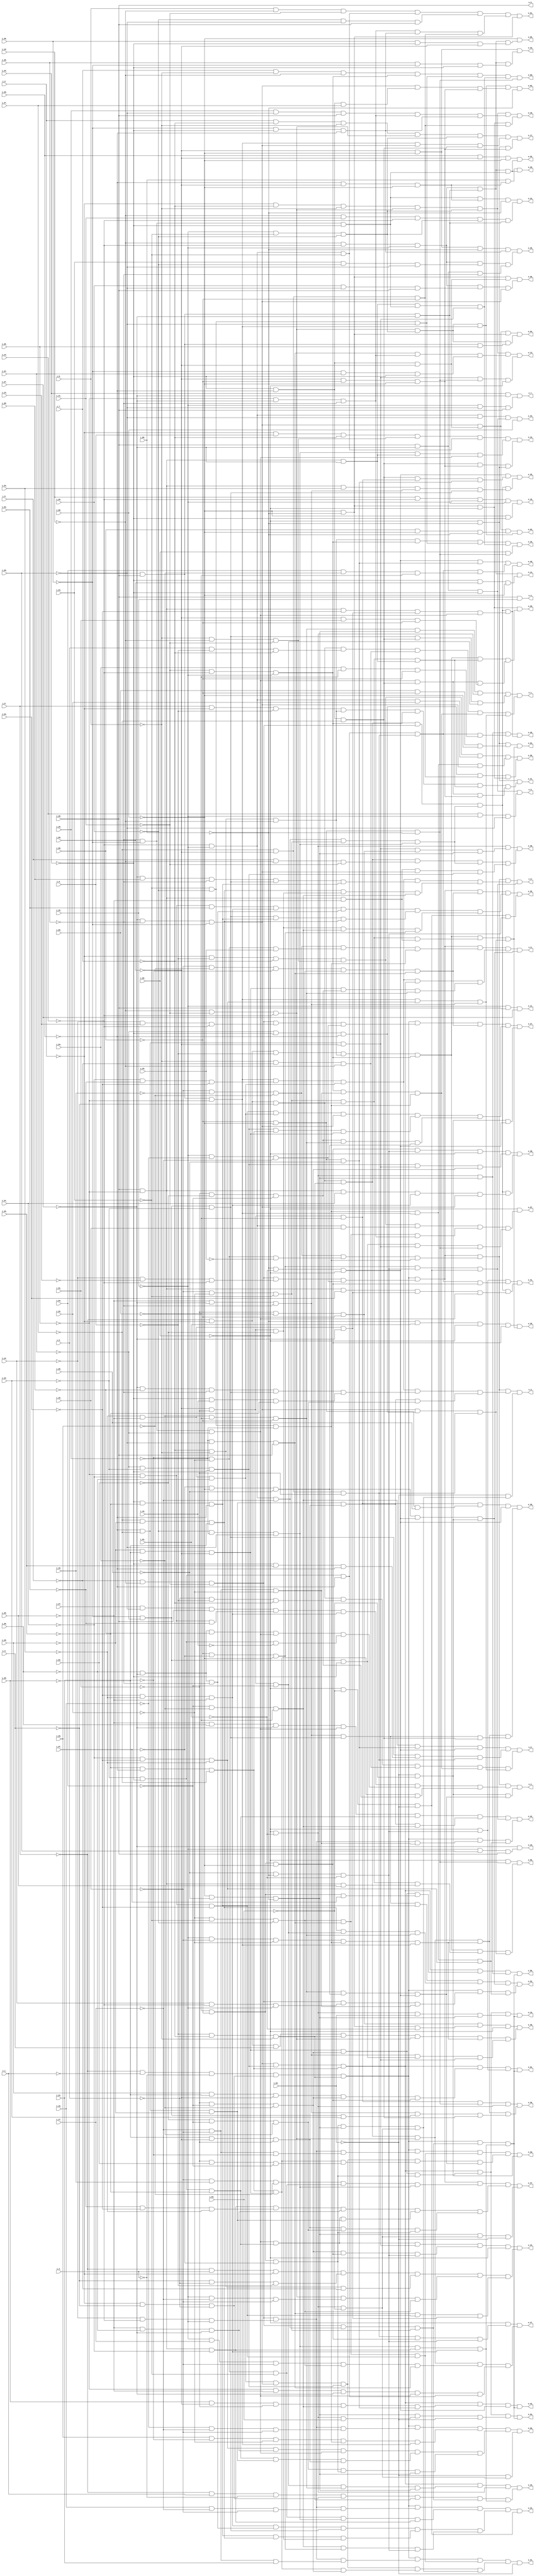
// Benchmark "top" written by ABC on Fri Mar 31 12:07:32 2023

module top ( 
    i_63_, i_50_, i_64_, i_61_, i_62_, i_40_, i_30_, i_20_, i_9_, i_10_,
    i_7_, i_8_, i_5_, i_6_, i_27_, i_14_, i_3_, i_39_, i_28_, i_13_, i_4_,
    i_25_, i_12_, i_1_, i_26_, i_11_, i_2_, i_49_, i_23_, i_18_, i_24_,
    i_17_, i_0_, i_21_, i_16_, i_59_, i_22_, i_15_, i_58_, i_45_, i_32_,
    i_57_, i_46_, i_31_, i_56_, i_47_, i_34_, i_55_, i_48_, i_33_, i_19_,
    i_54_, i_41_, i_36_, i_60_, i_53_, i_42_, i_35_, i_52_, i_43_, i_38_,
    i_29_, i_51_, i_44_, i_37_,
    o_1_, o_19_, o_2_, o_0_, o_29_, o_60_, o_39_, o_38_, o_25_, o_12_,
    o_37_, o_26_, o_11_, o_50_, o_36_, o_27_, o_14_, o_35_, o_28_, o_13_,
    o_34_, o_21_, o_16_, o_40_, o_33_, o_22_, o_15_, o_32_, o_23_, o_18_,
    o_31_, o_24_, o_17_, o_56_, o_43_, o_30_, o_55_, o_44_, o_58_, o_41_,
    o_57_, o_42_, o_20_, o_52_, o_47_, o_51_, o_48_, o_54_, o_45_, o_10_,
    o_53_, o_46_, o_61_, o_9_, o_62_, o_63_, o_49_, o_7_, o_64_, o_8_,
    o_5_, o_59_, o_6_, o_3_, o_4_  );
  input  i_63_, i_50_, i_64_, i_61_, i_62_, i_40_, i_30_, i_20_, i_9_,
    i_10_, i_7_, i_8_, i_5_, i_6_, i_27_, i_14_, i_3_, i_39_, i_28_, i_13_,
    i_4_, i_25_, i_12_, i_1_, i_26_, i_11_, i_2_, i_49_, i_23_, i_18_,
    i_24_, i_17_, i_0_, i_21_, i_16_, i_59_, i_22_, i_15_, i_58_, i_45_,
    i_32_, i_57_, i_46_, i_31_, i_56_, i_47_, i_34_, i_55_, i_48_, i_33_,
    i_19_, i_54_, i_41_, i_36_, i_60_, i_53_, i_42_, i_35_, i_52_, i_43_,
    i_38_, i_29_, i_51_, i_44_, i_37_;
  output o_1_, o_19_, o_2_, o_0_, o_29_, o_60_, o_39_, o_38_, o_25_, o_12_,
    o_37_, o_26_, o_11_, o_50_, o_36_, o_27_, o_14_, o_35_, o_28_, o_13_,
    o_34_, o_21_, o_16_, o_40_, o_33_, o_22_, o_15_, o_32_, o_23_, o_18_,
    o_31_, o_24_, o_17_, o_56_, o_43_, o_30_, o_55_, o_44_, o_58_, o_41_,
    o_57_, o_42_, o_20_, o_52_, o_47_, o_51_, o_48_, o_54_, o_45_, o_10_,
    o_53_, o_46_, o_61_, o_9_, o_62_, o_63_, o_49_, o_7_, o_64_, o_8_,
    o_5_, o_59_, o_6_, o_3_, o_4_;
  wire new_ni_63__, new_ni_50__, new_ni_64__, new_ni_61__, new_ni_62__,
    new_ni_40__, new_ni_30__, new_ni_20__, new_ni_9__, new_ni_10__,
    new_ni_7__, new_ni_8__, new_ni_5__, new_ni_6__, new_ni_27__,
    new_ni_14__, new_ni_3__, new_ni_39__, new_ni_28__, new_ni_13__,
    new_ni_4__, new_ni_25__, new_ni_12__, new_ni_1__, new_ni_26__,
    new_ni_11__, new_ni_2__, new_ni_49__, new_ni_23__, new_ni_18__,
    new_ni_24__, new_ni_17__, new_ni_0__, new_ni_21__, new_ni_16__,
    new_ni_59__, new_ni_22__, new_ni_15__, new_ni_58__, new_ni_45__,
    new_ni_32__, new_ni_57__, new_ni_46__, new_ni_31__, new_ni_56__,
    new_ni_47__, new_ni_34__, new_ni_55__, new_ni_48__, new_ni_33__,
    new_ni_19__, new_ni_54__, new_ni_41__, new_ni_36__, new_ni_60__,
    new_ni_53__, new_ni_42__, new_ni_35__, new_ni_52__, new_ni_43__,
    new_ni_38__, new_ni_29__, new_ni_51__, new_ni_44__, new_ni_37__,
    new_no_4__, new_n_n449_, new_n_n438_, new_n_n427_, new_n_n416_,
    new_n_n405_, new_n_n394_, new_no_63__, new_n_n375_, new_n_n366_,
    new_n_n356_, new_no_57__, new_n_n325_, new_n_n315_, new_n_n306_,
    new_no_53__, new_n_n285_, new_n_n275_, new_n_n266_, new_n_n256_,
    new_n_n227_, new_n_n217_, new_n_n208_, new_n_n198_, new_n_n189_,
    new_n_n179_, new_no_36__, new_n_n134_, new_n_n124_, new_n_n114_,
    new_n_n105_, new_n_n95_, new_n_n86_, new_n_n448_, new_n_n439_,
    new_n_n437_, new_n_n415_, new_n_n406_, new_n_n393_, new_n_n385_,
    new_n_n374_, new_no_60__, new_n_n355_, new_n_n347_, new_n_n324_,
    new_n_n316_, new_n_n305_, new_n_n296_, new_n_n284_, new_n_n276_,
    new_n_n265_, new_n_n257_, new_n_n236_, new_n_n216_, new_n_n209_,
    new_n_n197_, new_n_n190_, new_n_n178_, new_n_n170_, new_n_n133_,
    new_n_n125_, new_n_n113_, new_n_n106_, new_n_n94_, new_no_21__,
    new_n_n458_, new_n_n451_, new_n_n440_, new_n_n414_, new_n_n403_,
    new_n_n396_, new_n_n386_, new_no_61__, new_n_n364_, new_n_n358_,
    new_n_n348_, new_n_n323_, new_n_n313_, new_n_n307_, new_n_n297_,
    new_n_n283_, new_n_n274_, new_n_n268_, new_n_n258_, new_n_n235_,
    new_n_n225_, new_no_42__, new_no_40__, new_n_n187_, new_n_n181_,
    new_n_n171_, new_no_31__, new_n_n141_, new_n_n112_, new_n_n103_,
    new_n_n97_, new_n_n87_, new_no_11__, new_n_n450_, new_n_n441_,
    new_n_n413_, new_n_n404_, new_n_n395_, new_n_n387_, new_n_n373_,
    new_n_n365_, new_n_n357_, new_n_n349_, new_n_n322_, new_n_n314_,
    new_no_54__, new_n_n298_, new_n_n282_, new_no_51__, new_n_n267_,
    new_n_n259_, new_n_n234_, new_n_n226_, new_n_n218_, new_n_n196_,
    new_n_n188_, new_n_n180_, new_n_n172_, new_n_n150_, new_n_n142_,
    new_no_25__, new_n_n104_, new_n_n96_, new_n_n88_, new_n_n434_,
    new_n_n423_, new_no_64__, new_n_n372_, new_n_n343_, new_n_n332_,
    new_n_n281_, new_n_n272_, new_n_n253_, new_n_n243_, new_n_n195_,
    new_n_n186_, new_n_n175_, new_n_n166_, new_no_33__, new_n_n111_,
    new_n_n101_, new_n_n91_, new_no_20__, new_n_n8_, new_n_n433_,
    new_n_n424_, new_n_n397_, new_n_n363_, new_n_n342_, new_n_n333_,
    new_n_n280_, new_n_n273_, new_n_n252_, new_n_n244_, new_n_n194_,
    new_no_38__, new_n_n167_, new_n_n165_, new_n_n158_, new_n_n110_,
    new_n_n102_, new_no_22__, new_n_n83_, new_n_n436_, new_n_n425_,
    new_n_n407_, new_no_58__, new_n_n345_, new_n_n334_, new_n_n264_,
    new_n_n254_, new_n_n245_, new_n_n193_, new_n_n177_, new_n_n168_,
    new_n_n109_, new_n_n99_, new_n_n93_, new_n_n84_, new_n_n435_,
    new_n_n426_, new_n_n417_, new_n_n346_, new_n_n344_, new_n_n335_,
    new_n_n263_, new_n_n255_, new_no_48__, new_n_n185_, new_n_n176_,
    new_n_n169_, new_n_n108_, new_n_n100_, new_n_n92_, new_n_n85_,
    new_n_n457_, new_n_n446_, new_n_n430_, new_n_n419_, new_n_n408_,
    new_n_n354_, new_n_n339_, new_n_n328_, new_n_n318_, new_n_n308_,
    new_n_n249_, new_no_46__, new_n_n230_, new_no_44__, new_n_n210_,
    new_n_n162_, new_n_n155_, new_n_n145_, new_n_n137_, new_n_n127_,
    new_no_26__, new_n_n4_, new_n_n456_, new_n_n447_, new_n_n429_,
    new_n_n420_, new_n_n398_, new_no_59__, new_n_n338_, new_n_n329_,
    new_n_n317_, new_n_n309_, new_n_n248_, new_n_n240_, new_n_n229_,
    new_n_n220_, new_n_n202_, new_no_35__, new_n_n156_, new_n_n144_,
    new_no_28__, new_n_n126_, new_n_n117_, new_n_n5_, new_n_n432_,
    new_n_n421_, new_n_n388_, new_n_n371_, new_n_n341_, new_n_n330_,
    new_n_n300_, new_n_n290_, new_n_n251_, new_n_n241_, new_n_n228_,
    new_n_n212_, new_n_n203_, new_n_n164_, new_no_32__, new_n_n143_,
    new_n_n135_, new_no_27__, new_n_n118_, new_n_n6_, new_n_n431_,
    new_n_n422_, new_no_62__, new_n_n380_, new_n_n340_, new_n_n331_,
    new_n_n299_, new_n_n291_, new_n_n250_, new_n_n242_, new_n_n219_,
    new_n_n211_, new_no_41__, new_n_n163_, new_n_n157_, new_no_30__,
    new_n_n136_, new_n_n128_, new_n_n119_, new_n_n7_, new_n_n453_,
    new_n_n442_, new_n_n412_, new_n_n401_, new_n_n390_, new_n_n381_,
    new_n_n379_, new_n_n369_, new_n_n360_, new_n_n350_, new_no_56__,
    new_n_n311_, new_n_n302_, new_n_n292_, new_n_n289_, new_n_n279_,
    new_n_n269_, new_no_49__, new_no_47__, new_n_n233_, new_n_n223_,
    new_no_43__, new_n_n204_, new_n_n192_, new_n_n183_, new_n_n173_,
    new_n_n160_, new_n_n151_, new_n_n149_, new_n_n140_, new_n_n130_,
    new_n_n120_, new_n_n98_, new_n_n89_, new_n_n0_, new_n_n452_,
    new_n_n443_, new_n_n411_, new_n_n402_, new_n_n389_, new_n_n382_,
    new_n_n378_, new_n_n370_, new_n_n359_, new_n_n351_, new_n_n321_,
    new_n_n312_, new_n_n301_, new_n_n293_, new_n_n288_, new_no_52__,
    new_no_50__, new_n_n260_, new_n_n237_, new_n_n232_, new_n_n224_,
    new_n_n213_, new_n_n205_, new_n_n201_, new_n_n182_, new_no_37__,
    new_n_n159_, new_n_n152_, new_n_n148_, new_no_29__, new_n_n129_,
    new_n_n121_, new_no_23__, new_n_n90_, new_n_n1_, new_n_n455_,
    new_n_n444_, new_n_n428_, new_n_n410_, new_n_n399_, new_n_n392_,
    new_n_n383_, new_n_n377_, new_n_n367_, new_n_n362_, new_n_n352_,
    new_n_n337_, new_n_n326_, new_n_n320_, new_n_n310_, new_n_n304_,
    new_n_n294_, new_n_n287_, new_n_n277_, new_n_n271_, new_n_n261_,
    new_n_n247_, new_n_n238_, new_no_45__, new_n_n221_, new_n_n215_,
    new_n_n206_, new_n_n200_, new_no_39__, new_n_n174_, new_n_n161_,
    new_n_n153_, new_n_n147_, new_n_n138_, new_n_n132_, new_n_n122_,
    new_n_n116_, new_n_n107_, new_n_n2_, new_n_n454_, new_n_n445_,
    new_n_n418_, new_n_n409_, new_n_n400_, new_n_n391_, new_n_n384_,
    new_n_n376_, new_n_n368_, new_n_n361_, new_n_n353_, new_n_n336_,
    new_n_n327_, new_n_n319_, new_no_55__, new_n_n303_, new_n_n295_,
    new_n_n286_, new_n_n278_, new_n_n270_, new_n_n262_, new_n_n246_,
    new_n_n239_, new_n_n231_, new_n_n222_, new_n_n214_, new_n_n207_,
    new_n_n199_, new_n_n191_, new_n_n184_, new_no_34__, new_n_n154_,
    new_n_n146_, new_n_n139_, new_n_n131_, new_n_n123_, new_n_n115_,
    new_no_24__, new_n_n3_, new_n_n78_, new_n_n69_, new_n_n61_, new_n_n53_,
    new_n_n43_, new_no_19__, new_n_n68_, new_n_n62_, new_n_n52_,
    new_n_n44_, new_n_n79_, new_no_16__, new_no_13__, new_n_n54_,
    new_no_9__, new_n_n80_, new_n_n67_, new_n_n60_, new_no_10__,
    new_n_n45_, new_no_0__, new_n_n81_, new_n_n37_, new_n_n28_, new_n_n18_,
    new_n_n9_, new_n_n82_, new_n_n36_, new_n_n29_, new_n_n17_, new_no_1__,
    new_no_7__, new_n_n26_, new_n_n20_, new_n_n10_, new_n_n35_, new_n_n27_,
    new_n_n19_, new_n_n11_, new_n_n59_, new_n_n50_, new_n_n40_, new_n_n32_,
    new_n_n22_, new_n_n12_, new_n_n58_, new_n_n51_, new_n_n39_, new_n_n33_,
    new_n_n21_, new_n_n13_, new_n_n74_, new_no_15__, new_n_n38_,
    new_n_n30_, new_n_n24_, new_n_n14_, new_n_n73_, new_n_n66_, new_no_8__,
    new_n_n31_, new_n_n23_, new_n_n15_, new_no_18__, new_n_n72_,
    new_no_14__, new_n_n55_, new_n_n46_, new_no_3__, new_no_2__,
    new_n_n75_, new_n_n71_, new_n_n65_, new_no_12__, new_n_n47_,
    new_n_n25_, new_n_n16_, new_n_n76_, new_no_17__, new_n_n63_,
    new_n_n57_, new_n_n48_, new_n_n42_, new_no_6__, new_n_n77_, new_n_n70_,
    new_n_n64_, new_n_n56_, new_n_n49_, new_n_n41_, new_n_n34_;
  assign o_1_ = new_no_1__;
  assign new_ni_63__ = i_63_;
  assign new_ni_50__ = i_50_;
  assign o_19_ = new_no_19__;
  assign o_2_ = new_no_2__;
  assign new_ni_64__ = i_64_;
  assign new_ni_61__ = i_61_;
  assign o_0_ = new_no_0__;
  assign new_ni_62__ = i_62_;
  assign new_ni_40__ = i_40_;
  assign o_29_ = new_no_29__;
  assign new_ni_30__ = i_30_;
  assign o_60_ = new_no_60__;
  assign o_39_ = new_no_39__;
  assign o_38_ = new_no_38__;
  assign o_25_ = new_no_25__;
  assign o_12_ = new_no_12__;
  assign o_37_ = new_no_37__;
  assign o_26_ = new_no_26__;
  assign o_11_ = new_no_11__;
  assign new_ni_20__ = i_20_;
  assign o_50_ = new_no_50__;
  assign o_36_ = new_no_36__;
  assign o_27_ = new_no_27__;
  assign o_14_ = new_no_14__;
  assign new_ni_9__ = i_9_;
  assign o_35_ = new_no_35__;
  assign o_28_ = new_no_28__;
  assign o_13_ = new_no_13__;
  assign o_34_ = new_no_34__;
  assign o_21_ = new_no_21__;
  assign o_16_ = new_no_16__;
  assign new_ni_10__ = i_10_;
  assign new_ni_7__ = i_7_;
  assign o_40_ = new_no_40__;
  assign o_33_ = new_no_33__;
  assign o_22_ = new_no_22__;
  assign o_15_ = new_no_15__;
  assign new_ni_8__ = i_8_;
  assign o_32_ = new_no_32__;
  assign o_23_ = new_no_23__;
  assign o_18_ = new_no_18__;
  assign new_ni_5__ = i_5_;
  assign o_31_ = new_no_31__;
  assign o_24_ = new_no_24__;
  assign o_17_ = new_no_17__;
  assign new_ni_6__ = i_6_;
  assign o_56_ = new_no_56__;
  assign o_43_ = new_no_43__;
  assign o_30_ = new_no_30__;
  assign new_ni_27__ = i_27_;
  assign new_ni_14__ = i_14_;
  assign new_ni_3__ = i_3_;
  assign o_55_ = new_no_55__;
  assign o_44_ = new_no_44__;
  assign new_ni_39__ = i_39_;
  assign new_ni_28__ = i_28_;
  assign new_ni_13__ = i_13_;
  assign new_ni_4__ = i_4_;
  assign o_58_ = new_no_58__;
  assign o_41_ = new_no_41__;
  assign new_ni_25__ = i_25_;
  assign new_ni_12__ = i_12_;
  assign new_ni_1__ = i_1_;
  assign o_57_ = new_no_57__;
  assign o_42_ = new_no_42__;
  assign o_20_ = new_no_20__;
  assign new_ni_26__ = i_26_;
  assign new_ni_11__ = i_11_;
  assign new_ni_2__ = i_2_;
  assign o_52_ = new_no_52__;
  assign o_47_ = new_no_47__;
  assign new_ni_49__ = i_49_;
  assign new_ni_23__ = i_23_;
  assign new_ni_18__ = i_18_;
  assign o_51_ = new_no_51__;
  assign o_48_ = new_no_48__;
  assign new_ni_24__ = i_24_;
  assign new_ni_17__ = i_17_;
  assign new_ni_0__ = i_0_;
  assign o_54_ = new_no_54__;
  assign o_45_ = new_no_45__;
  assign o_10_ = new_no_10__;
  assign new_ni_21__ = i_21_;
  assign new_ni_16__ = i_16_;
  assign o_53_ = new_no_53__;
  assign o_46_ = new_no_46__;
  assign new_ni_59__ = i_59_;
  assign new_ni_22__ = i_22_;
  assign new_ni_15__ = i_15_;
  assign o_61_ = new_no_61__;
  assign o_9_ = new_no_9__;
  assign new_ni_58__ = i_58_;
  assign new_ni_45__ = i_45_;
  assign new_ni_32__ = i_32_;
  assign o_62_ = new_no_62__;
  assign new_ni_57__ = i_57_;
  assign new_ni_46__ = i_46_;
  assign new_ni_31__ = i_31_;
  assign o_63_ = new_no_63__;
  assign o_49_ = new_no_49__;
  assign o_7_ = new_no_7__;
  assign new_ni_56__ = i_56_;
  assign new_ni_47__ = i_47_;
  assign new_ni_34__ = i_34_;
  assign o_64_ = new_no_64__;
  assign o_8_ = new_no_8__;
  assign new_ni_55__ = i_55_;
  assign new_ni_48__ = i_48_;
  assign new_ni_33__ = i_33_;
  assign new_ni_19__ = i_19_;
  assign o_5_ = new_ni_29__;
  assign new_ni_54__ = i_54_;
  assign new_ni_41__ = i_41_;
  assign new_ni_36__ = i_36_;
  assign o_59_ = new_no_59__;
  assign o_6_ = new_no_6__;
  assign new_ni_60__ = i_60_;
  assign new_ni_53__ = i_53_;
  assign new_ni_42__ = i_42_;
  assign new_ni_35__ = i_35_;
  assign o_3_ = new_no_3__;
  assign new_ni_52__ = i_52_;
  assign new_ni_43__ = i_43_;
  assign new_ni_38__ = i_38_;
  assign new_ni_29__ = i_29_;
  assign o_4_ = new_no_4__;
  assign new_ni_51__ = i_51_;
  assign new_ni_44__ = i_44_;
  assign new_ni_37__ = i_37_;
  assign new_no_4__ = new_ni_29__ & new_ni_15__;
  assign new_n_n449_ = ~new_ni_40__;
  assign new_n_n438_ = ~new_ni_6__;
  assign new_n_n427_ = ~new_ni_9__;
  assign new_n_n416_ = ~new_ni_42__;
  assign new_n_n405_ = ~new_ni_61__;
  assign new_n_n394_ = new_n_n455_ & new_n_n454_ & new_n_n453_;
  assign new_no_63__ = new_n_n385_ & new_n_n382_;
  assign new_n_n375_ = new_n_n380_ & new_n_n58_ & new_n_n379_;
  assign new_n_n366_ = new_n_n458_ & new_n_n456_ & new_n_n455_;
  assign new_n_n356_ = new_n_n360_ & new_n_n387_ & new_n_n392_;
  assign new_no_57__ = new_n_n434_ & new_n_n347_;
  assign new_n_n325_ = new_n_n334_ & new_n_n333_ & new_n_n332_;
  assign new_n_n315_ = new_n_n321_ & new_n_n320_ & new_n_n372_;
  assign new_n_n306_ = new_n_n456_ & new_n_n455_ & new_n_n424_;
  assign new_no_53__ = new_n_n296_ & new_n_n297_;
  assign new_n_n285_ = new_n_n403_ & new_n_n404_;
  assign new_n_n275_ = new_n_n271_ & new_n_n276_ & new_n_n206_;
  assign new_n_n266_ = new_n_n416_ & new_n_n448_ & new_n_n447_;
  assign new_n_n256_ = new_n_n278_ & new_n_n277_ & new_n_n434_;
  assign new_n_n227_ = new_n_n443_ & new_n_n421_ & new_n_n420_;
  assign new_n_n217_ = new_n_n343_ & new_n_n306_ & new_n_n319_;
  assign new_n_n208_ = new_n_n209_ & new_n_n267_ & new_n_n338_;
  assign new_n_n198_ = new_n_n263_ & new_n_n236_ & new_n_n201_;
  assign new_n_n189_ = new_n_n293_ & new_n_n292_ & new_n_n238_;
  assign new_n_n179_ = new_n_n305_ & new_n_n183_ & new_n_n182_;
  assign new_no_36__ = new_n_n171_ & new_n_n170_;
  assign new_n_n134_ = new_n_n227_ & new_n_n155_ & new_n_n392_;
  assign new_n_n124_ = new_n_n434_ & new_n_n404_ & new_n_n403_;
  assign new_n_n114_ = new_n_n446_ & new_n_n445_ & new_n_n444_;
  assign new_n_n105_ = new_n_n417_ & new_n_n451_ & new_n_n450_;
  assign new_n_n95_ = new_n_n360_ & new_n_n387_ & new_n_n339_;
  assign new_n_n86_ = new_n_n446_ & new_ni_51__ & new_n_n442_;
  assign new_n_n448_ = ~new_ni_43__;
  assign new_n_n439_ = ~new_ni_3__;
  assign new_n_n437_ = ~new_ni_7__;
  assign new_n_n415_ = ~new_ni_45__;
  assign new_n_n406_ = ~new_ni_59__;
  assign new_n_n393_ = new_n_n452_ & new_ni_29__ & new_ni_30__;
  assign new_n_n385_ = new_n_n392_ & new_n_n391_ & new_n_n386_;
  assign new_n_n374_ = new_n_n378_ & new_n_n377_ & new_n_n376_;
  assign new_no_60__ = new_n_n367_ & new_n_n76_ & new_n_n368_;
  assign new_n_n355_ = new_n_n359_ & new_n_n376_ & new_n_n358_;
  assign new_n_n347_ = new_n_n350_ & new_n_n349_ & new_n_n348_;
  assign new_n_n324_ = new_n_n403_ & new_n_n331_;
  assign new_n_n316_ = new_n_n441_ & new_n_n446_ & new_n_n412_;
  assign new_n_n305_ = new_ni_29__ & new_n_n443_ & new_n_n421_;
  assign new_n_n296_ = new_n_n271_ & new_n_n81_ & new_n_n298_;
  assign new_n_n284_ = new_n_n343_ & new_n_n295_ & new_n_n294_;
  assign new_n_n276_ = new_n_n279_ & new_n_n300_ & new_n_n278_;
  assign new_n_n265_ = new_ni_53__ & new_n_n409_ & new_n_n408_;
  assign new_n_n257_ = new_n_n303_ & new_n_n369_ & new_n_n300_;
  assign new_n_n236_ = new_n_n306_ & new_n_n319_ & new_n_n318_;
  assign new_n_n216_ = new_n_n289_ & new_n_n288_ & new_n_n332_;
  assign new_n_n209_ = new_ni_29__ & new_n_n443_ & new_ni_33__;
  assign new_n_n197_ = new_n_n199_ & new_n_n200_;
  assign new_n_n190_ = new_n_n442_ & new_n_n445_ & new_ni_59__;
  assign new_n_n178_ = new_n_n338_ & new_n_n337_ & new_n_n336_;
  assign new_n_n170_ = new_n_n315_ & new_n_n172_ & new_n_n313_;
  assign new_n_n133_ = new_n_n303_ & new_n_n302_ & new_n_n301_;
  assign new_n_n125_ = new_n_n442_ & new_n_n407_ & new_n_n445_;
  assign new_n_n113_ = new_n_n366_ & new_n_n116_ & new_n_n115_;
  assign new_n_n106_ = new_n_n422_ & new_n_n433_ & new_n_n454_;
  assign new_n_n94_ = new_n_n97_ & new_n_n338_ & new_n_n337_;
  assign new_no_21__ = new_n_n308_ & new_n_n87_;
  assign new_n_n458_ = ~new_ni_10__;
  assign new_n_n451_ = ~new_ni_37__;
  assign new_n_n440_ = ~new_ni_8__;
  assign new_n_n414_ = ~new_ni_48__;
  assign new_n_n403_ = ~new_ni_64__;
  assign new_n_n396_ = ~new_ni_44__;
  assign new_n_n386_ = new_ni_56__ & new_n_n445_ & new_n_n444_;
  assign new_no_61__ = new_n_n375_ & new_n_n374_ & new_n_n390_;
  assign new_n_n364_ = new_ni_40__ & new_n_n448_ & new_n_n446_;
  assign new_n_n358_ = new_n_n445_ & new_n_n444_ & new_n_n434_;
  assign new_n_n348_ = new_n_n168_ & new_n_n369_ & new_n_n368_;
  assign new_n_n323_ = new_n_n330_ & new_n_n329_ & new_n_n328_;
  assign new_n_n313_ = new_n_n392_ & new_n_n359_ & new_n_n316_;
  assign new_n_n307_ = new_n_n308_ & new_n_n309_;
  assign new_n_n297_ = new_n_n330_ & new_n_n217_ & new_n_n272_;
  assign new_n_n283_ = new_n_n293_ & new_n_n292_ & new_n_n291_;
  assign new_n_n274_ = new_n_n408_ & new_n_n442_ & new_ni_57__;
  assign new_n_n268_ = new_n_n432_ & new_n_n439_ & new_n_n429_;
  assign new_n_n258_ = new_n_n259_ & new_n_n304_ & new_n_n392_;
  assign new_n_n235_ = new_n_n239_ & new_n_n293_ & new_n_n292_;
  assign new_n_n225_ = new_n_n395_ & new_n_n228_ & new_n_n352_;
  assign new_no_42__ = new_n_n210_ & new_n_n297_;
  assign new_no_40__ = new_n_n197_ & new_n_n198_;
  assign new_n_n187_ = new_n_n251_ & new_n_n194_ & new_n_n189_;
  assign new_n_n181_ = new_n_n343_ & new_n_n186_ & new_n_n185_;
  assign new_n_n171_ = new_n_n173_ & new_n_n278_;
  assign new_no_31__ = new_n_n152_ & new_n_n151_ & new_n_n403_;
  assign new_n_n141_ = new_ni_60__ & new_n_n110_;
  assign new_n_n112_ = new_n_n114_ & new_n_n377_;
  assign new_n_n103_ = new_n_n106_ & new_n_n318_ & new_n_n305_;
  assign new_n_n97_ = new_n_n418_ & new_ni_36__ & new_n_n451_;
  assign new_n_n87_ = new_n_n89_ & new_n_n85_ & new_n_n88_;
  assign new_no_11__ = new_n_n455_ & new_ni_29__ & new_ni_37__;
  assign new_n_n450_ = ~new_ni_39__;
  assign new_n_n441_ = ~new_ni_47__;
  assign new_n_n413_ = ~new_ni_49__;
  assign new_n_n404_ = ~new_ni_63__;
  assign new_n_n395_ = new_n_n458_ & new_n_n457_ & new_n_n456_;
  assign new_n_n387_ = new_n_n452_ & new_ni_29__ & new_n_n443_;
  assign new_n_n373_ = new_ni_7__ & new_n_n440_ & new_n_n458_;
  assign new_n_n365_ = new_n_n452_ & new_ni_29__ & new_n_n451_;
  assign new_n_n357_ = new_n_n354_ & new_n_n362_ & new_n_n361_;
  assign new_n_n349_ = new_n_n352_ & new_n_n351_ & new_n_n378_;
  assign new_n_n322_ = new_n_n327_ & new_n_n326_ & new_n_n325_;
  assign new_n_n314_ = new_n_n319_ & new_n_n318_ & new_n_n317_;
  assign new_no_54__ = new_n_n307_ & new_n_n170_;
  assign new_n_n298_ = new_n_n332_ & new_n_n299_ & new_n_n403_;
  assign new_n_n282_ = new_n_n290_ & new_n_n289_ & new_n_n288_;
  assign new_no_51__ = new_n_n275_ & new_n_n297_;
  assign new_n_n267_ = new_n_n419_ & new_n_n418_ & new_n_n451_;
  assign new_n_n259_ = new_ni_29__ & new_n_n443_ & new_ni_31__;
  assign new_n_n234_ = new_n_n238_ & new_n_n237_ & new_n_n264_;
  assign new_n_n226_ = new_n_n231_ & new_n_n230_ & new_n_n229_;
  assign new_n_n218_ = new_n_n219_ & new_n_n345_ & new_n_n344_;
  assign new_n_n196_ = new_n_n455_ & new_n_n423_ & new_n_n433_;
  assign new_n_n188_ = new_n_n237_ & new_n_n190_ & new_n_n286_;
  assign new_n_n180_ = new_n_n184_ & new_n_n106_ & new_n_n318_;
  assign new_n_n172_ = new_n_n319_ & new_n_n318_ & new_n_n310_;
  assign new_n_n150_ = new_n_n424_ & new_n_n423_ & new_n_n422_;
  assign new_n_n142_ = new_n_n366_ & new_n_n365_ & new_n_n370_;
  assign new_no_25__ = new_n_n112_ & new_n_n113_;
  assign new_n_n104_ = new_n_n343_ & new_n_n342_ & new_n_n107_;
  assign new_n_n96_ = new_n_n343_ & new_n_n342_ & new_n_n294_;
  assign new_n_n88_ = new_n_n338_ & new_n_n238_ & new_n_n383_;
  assign new_n_n434_ = ~new_ni_62__;
  assign new_n_n423_ = ~new_ni_18__;
  assign new_no_64__ = new_n_n388_ & new_n_n389_;
  assign new_n_n372_ = new_n_n457_ & new_n_n456_ & new_n_n455_;
  assign new_n_n343_ = new_n_n427_ & new_n_n458_ & new_n_n457_;
  assign new_n_n332_ = new_n_n445_ & new_n_n406_ & new_n_n444_;
  assign new_n_n281_ = new_n_n330_ & new_n_n284_ & new_n_n95_;
  assign new_n_n272_ = new_n_n318_ & new_n_n305_ & new_n_n304_;
  assign new_n_n253_ = new_n_n455_ & new_ni_17__ & new_n_n423_;
  assign new_n_n243_ = new_n_n310_ & new_n_n392_ & new_n_n303_;
  assign new_n_n195_ = new_n_n449_ & new_n_n435_ & new_ni_42__;
  assign new_n_n186_ = new_n_n426_ & new_n_n402_ & new_n_n456_;
  assign new_n_n175_ = new_n_n330_ & new_n_n181_ & new_n_n180_;
  assign new_n_n166_ = new_n_n445_ & new_n_n444_ & new_n_n405_;
  assign new_no_33__ = new_n_n159_ & new_n_n158_;
  assign new_n_n111_ = new_n_n458_ & new_ni_11__ & new_n_n456_;
  assign new_n_n101_ = new_n_n291_ & new_n_n290_ & new_n_n126_;
  assign new_n_n91_ = new_n_n94_ & new_n_n93_ & new_n_n40_;
  assign new_no_20__ = new_n_n358_ & new_n_n83_;
  assign new_n_n8_ = new_n_n440_ & new_n_n427_ & new_n_n458_;
  assign new_n_n433_ = ~new_ni_22__;
  assign new_n_n424_ = ~new_ni_17__;
  assign new_n_n397_ = ~new_ni_38__;
  assign new_n_n363_ = new_n_n366_ & new_n_n365_ & new_n_n364_;
  assign new_n_n342_ = new_n_n426_ & new_n_n456_ & new_n_n455_;
  assign new_n_n333_ = new_n_n408_ & new_n_n442_ & new_n_n407_;
  assign new_n_n280_ = new_n_n283_ & new_n_n282_ & new_n_n47_;
  assign new_n_n273_ = new_n_n434_ & new_n_n405_;
  assign new_n_n252_ = new_n_n443_ & new_n_n418_ & new_n_n451_;
  assign new_n_n244_ = new_n_n268_ & new_n_n344_ & new_n_n245_;
  assign new_n_n194_ = new_n_n196_ & new_n_n360_ & new_n_n387_;
  assign new_no_38__ = new_n_n188_ & new_n_n187_;
  assign new_n_n167_ = new_n_n412_ & new_n_n408_ & new_n_n442_;
  assign new_n_n165_ = new_n_n169_ & new_n_n344_ & new_n_n395_;
  assign new_n_n158_ = new_n_n366_ & new_n_n365_ & new_n_n160_;
  assign new_n_n110_ = new_n_n447_ & new_n_n446_ & new_n_n445_;
  assign new_n_n102_ = new_n_n304_ & new_n_n105_ & new_n_n292_;
  assign new_no_22__ = new_n_n91_ & new_n_n92_;
  assign new_n_n83_ = new_n_n315_ & new_n_n85_ & new_n_n84_;
  assign new_n_n436_ = ~new_ni_26__;
  assign new_n_n425_ = ~new_ni_16__;
  assign new_n_n407_ = ~new_ni_57__;
  assign new_no_58__ = new_n_n357_ & new_n_n356_ & new_n_n355_;
  assign new_n_n345_ = new_n_n439_ & new_n_n429_ & new_n_n428_;
  assign new_n_n334_ = new_n_n411_ & new_n_n410_ & new_n_n409_;
  assign new_n_n264_ = new_n_n442_ & new_n_n445_ & new_n_n406_;
  assign new_n_n254_ = new_n_n256_ & new_n_n257_;
  assign new_n_n245_ = new_ni_9__ & new_n_n458_ & new_n_n457_;
  assign new_n_n193_ = new_n_n293_ & new_n_n195_ & new_n_n238_;
  assign new_n_n177_ = new_n_n335_ & new_n_n334_ & new_n_n333_;
  assign new_n_n168_ = new_n_n449_ & new_n_n435_ & new_n_n448_;
  assign new_n_n109_ = new_n_n111_ & new_n_n394_ & new_n_n365_;
  assign new_n_n99_ = new_n_n330_ & new_n_n104_ & new_n_n103_;
  assign new_n_n93_ = new_n_n336_ & new_n_n335_ & new_n_n212_;
  assign new_n_n84_ = new_n_n338_ & new_n_n238_ & new_n_n86_;
  assign new_n_n435_ = ~new_ni_41__;
  assign new_n_n426_ = ~new_ni_12__;
  assign new_n_n417_ = ~new_ni_36__;
  assign new_n_n346_ = new_n_n432_ & new_n_n431_ & new_n_n430_;
  assign new_n_n344_ = new_n_n438_ & new_n_n437_ & new_n_n440_;
  assign new_n_n335_ = new_n_n413_ & new_n_n446_ & new_n_n412_;
  assign new_n_n263_ = new_n_n268_ & new_n_n344_ & new_n_n343_;
  assign new_n_n255_ = new_n_n263_ & new_n_n236_ & new_n_n258_;
  assign new_no_48__ = new_n_n254_ & new_n_n255_;
  assign new_n_n185_ = new_n_n455_ & new_n_n425_ & new_n_n424_;
  assign new_n_n176_ = new_n_n332_ & new_n_n331_ & new_n_n403_;
  assign new_n_n169_ = new_n_n432_ & new_n_n439_ & new_ni_4__;
  assign new_n_n108_ = new_n_n370_ & new_n_n110_ & new_n_n444_;
  assign new_n_n100_ = new_n_n212_ & new_n_n125_ & new_n_n277_;
  assign new_n_n92_ = new_n_n330_ & new_n_n96_ & new_n_n95_;
  assign new_n_n85_ = new_n_n319_ & new_n_n318_ & new_n_n371_;
  assign new_n_n457_ = ~new_ni_11__;
  assign new_n_n446_ = ~new_ni_50__;
  assign new_n_n430_ = ~new_ni_2__;
  assign new_n_n419_ = ~new_ni_34__;
  assign new_n_n408_ = ~new_ni_55__;
  assign new_n_n354_ = new_n_n439_ & new_n_n438_ & new_n_n437_;
  assign new_n_n339_ = new_n_n421_ & new_n_n420_ & new_n_n419_;
  assign new_n_n328_ = new_n_n340_ & new_n_n360_ & new_n_n387_;
  assign new_n_n318_ = new_n_n453_ & new_n_n436_ & new_n_n452_;
  assign new_n_n308_ = new_n_n434_ & new_n_n444_;
  assign new_n_n249_ = new_n_n252_ & new_n_n338_ & new_n_n266_;
  assign new_no_46__ = new_n_n240_ & new_n_n241_;
  assign new_n_n230_ = new_n_n429_ & new_n_n428_ & new_n_n438_;
  assign new_no_44__ = new_n_n220_ & new_n_n221_;
  assign new_n_n210_ = new_n_n271_ & new_n_n211_ & new_n_n286_;
  assign new_n_n162_ = new_n_n165_ & new_n_n194_ & new_n_n164_;
  assign new_n_n155_ = new_n_n419_ & new_n_n418_ & new_n_n417_;
  assign new_n_n145_ = new_n_n302_ & new_n_n301_ & new_n_n149_;
  assign new_n_n137_ = new_n_n426_ & new_ni_13__ & new_n_n456_;
  assign new_n_n127_ = new_n_n443_ & new_n_n421_ & new_ni_32__;
  assign new_no_26__ = new_n_n118_ & new_n_n117_ & new_n_n119_;
  assign new_n_n4_ = new_n_n387_ & new_n_n339_ & new_n_n293_;
  assign new_n_n456_ = ~new_ni_14__;
  assign new_n_n447_ = ~new_ni_46__;
  assign new_n_n429_ = ~new_ni_4__;
  assign new_n_n420_ = ~new_ni_33__;
  assign new_n_n398_ = ~new_ni_23__;
  assign new_no_59__ = new_n_n445_ & new_n_n363_;
  assign new_n_n338_ = new_n_n450_ & new_n_n449_ & new_n_n435_;
  assign new_n_n329_ = new_n_n343_ & new_n_n342_ & new_n_n341_;
  assign new_n_n317_ = new_ni_29__ & new_n_n443_ & new_ni_35__;
  assign new_n_n309_ = new_ni_55__ & new_n_n442_ & new_n_n445_;
  assign new_n_n248_ = new_n_n316_ & new_n_n278_ & new_n_n277_;
  assign new_n_n240_ = new_n_n273_ & new_n_n242_;
  assign new_n_n229_ = new_n_n437_ & new_n_n440_ & new_n_n427_;
  assign new_n_n220_ = new_n_n223_ & new_n_n222_ & new_n_n434_;
  assign new_n_n202_ = new_ni_54__ & new_n_n408_ & new_n_n442_;
  assign new_no_35__ = new_n_n163_ & new_n_n162_;
  assign new_n_n156_ = new_n_n424_ & new_n_n423_ & new_ni_21__;
  assign new_n_n144_ = new_n_n330_ & new_n_n148_ & new_n_n147_;
  assign new_no_28__ = new_n_n138_ & new_n_n139_;
  assign new_n_n126_ = new_n_n446_ & new_n_n412_ & new_n_n411_;
  assign new_n_n117_ = new_n_n122_ & new_n_n121_ & new_n_n120_;
  assign new_n_n5_ = new_n_n372_ & new_n_n294_ & new_n_n360_;
  assign new_n_n432_ = ~new_ni_0__;
  assign new_n_n421_ = ~new_ni_31__;
  assign new_n_n388_ = new_n_n392_ & new_n_n391_ & new_n_n390_;
  assign new_n_n371_ = new_ni_29__ & new_n_n443_ & new_n_n451_;
  assign new_n_n341_ = new_n_n425_ & new_n_n424_ & new_n_n423_;
  assign new_n_n330_ = new_n_n346_ & new_n_n345_ & new_n_n344_;
  assign new_n_n300_ = new_n_n412_ & new_n_n410_ & new_n_n409_;
  assign new_n_n290_ = new_n_n441_ & new_n_n414_ & new_n_n413_;
  assign new_n_n251_ = new_n_n268_ & new_n_n344_ & new_n_n395_;
  assign new_n_n241_ = new_n_n244_ & new_n_n236_ & new_n_n243_;
  assign new_n_n228_ = new_n_n455_ & new_n_n424_ & new_n_n423_;
  assign new_n_n212_ = new_n_n410_ & new_n_n409_ & new_n_n408_;
  assign new_n_n203_ = new_ni_29__ & new_n_n443_ & new_n_n420_;
  assign new_n_n164_ = new_n_n293_ & new_n_n168_ & new_n_n369_;
  assign new_no_32__ = new_n_n157_ & new_n_n142_;
  assign new_n_n143_ = new_n_n146_ & new_n_n145_ & new_n_n18_;
  assign new_n_n135_ = new_n_n343_ & new_n_n137_ & new_n_n185_;
  assign new_no_27__ = new_n_n130_ & new_n_n129_ & new_n_n131_;
  assign new_n_n118_ = new_n_n330_ & new_n_n181_ & new_n_n123_;
  assign new_n_n6_ = new_n_n268_ & new_n_n9_ & new_n_n8_;
  assign new_n_n431_ = ~new_ni_1__;
  assign new_n_n422_ = ~new_ni_21__;
  assign new_no_62__ = new_n_n382_ & new_n_n381_ & new_n_n444_;
  assign new_n_n380_ = new_ni_8__ & new_n_n458_ & new_n_n457_;
  assign new_n_n340_ = new_ni_20__ & new_n_n422_ & new_n_n433_;
  assign new_n_n331_ = new_n_n405_ & new_n_n434_ & new_n_n404_;
  assign new_n_n299_ = new_n_n405_ & new_n_n434_ & new_ni_63__;
  assign new_n_n291_ = new_n_n448_ & new_n_n415_ & new_n_n447_;
  assign new_n_n250_ = new_n_n253_ & new_n_n352_ & new_n_n351_;
  assign new_n_n242_ = new_n_n369_ & new_n_n167_ & new_n_n332_;
  assign new_n_n219_ = new_n_n432_ & new_ni_1__ & new_n_n430_;
  assign new_n_n211_ = new_n_n213_ & new_n_n212_ & new_n_n264_;
  assign new_no_41__ = new_n_n204_ & new_n_n205_;
  assign new_n_n163_ = new_n_n167_ & new_n_n166_ & new_n_n434_;
  assign new_n_n157_ = new_ni_46__ & new_n_n446_ & new_n_n445_;
  assign new_no_30__ = new_n_n144_ & new_n_n143_ & new_n_n285_;
  assign new_n_n136_ = new_n_n412_ & new_n_n411_ & new_n_n410_;
  assign new_n_n128_ = new_n_n423_ & new_n_n401_ & new_n_n422_;
  assign new_n_n119_ = new_n_n124_ & new_n_n277_;
  assign new_n_n7_ = new_n_n448_ & new_ni_45__ & new_n_n447_;
  assign new_n_n453_ = ~new_ni_25__;
  assign new_n_n442_ = ~new_ni_56__;
  assign new_n_n412_ = ~new_ni_51__;
  assign new_n_n401_ = ~new_ni_20__;
  assign new_n_n390_ = new_n_n444_ & new_n_n445_;
  assign new_n_n381_ = new_n_n392_ & new_n_n384_ & new_n_n383_;
  assign new_n_n379_ = new_n_n453_ & new_n_n452_ & new_ni_29__;
  assign new_n_n369_ = new_n_n447_ & new_n_n441_ & new_n_n446_;
  assign new_n_n360_ = new_n_n454_ & new_n_n453_ & new_n_n436_;
  assign new_n_n350_ = new_n_n354_ & new_n_n362_ & new_n_n353_;
  assign new_no_56__ = new_n_n323_ & new_n_n322_ & new_n_n324_;
  assign new_n_n311_ = new_n_n315_ & new_n_n314_ & new_n_n313_;
  assign new_n_n302_ = new_n_n415_ & new_n_n447_ & new_n_n441_;
  assign new_n_n292_ = new_n_n449_ & new_n_n435_ & new_n_n416_;
  assign new_n_n289_ = new_n_n446_ & new_n_n412_ & new_n_n410_;
  assign new_n_n279_ = new_ni_48__ & new_n_n413_ & new_n_n446_;
  assign new_n_n269_ = new_n_n271_ & new_n_n270_ & new_n_n199_;
  assign new_no_49__ = new_n_n260_ & new_n_n198_;
  assign new_no_47__ = new_n_n246_ & new_n_n247_;
  assign new_n_n233_ = new_n_n263_ & new_n_n236_ & new_n_n235_;
  assign new_n_n223_ = new_n_n338_ & new_n_n337_ & new_n_n369_;
  assign new_no_43__ = new_n_n214_ & new_n_n215_;
  assign new_n_n204_ = new_n_n206_ & new_n_n207_;
  assign new_n_n192_ = new_n_n237_ & new_n_n368_ & new_n_n273_;
  assign new_n_n183_ = new_n_n400_ & new_n_n420_ & new_n_n419_;
  assign new_n_n173_ = new_n_n444_ & new_ni_61__ & new_n_n434_;
  assign new_n_n160_ = new_ni_39__ & new_n_n449_ & new_n_n448_;
  assign new_n_n151_ = new_n_n146_ & new_n_n153_ & new_n_n28_;
  assign new_n_n149_ = new_n_n412_ & new_ni_52__ & new_n_n410_;
  assign new_n_n140_ = new_ni_25__ & new_n_n452_ & new_ni_29__;
  assign new_n_n130_ = new_n_n330_ & new_n_n135_ & new_n_n123_;
  assign new_n_n120_ = new_n_n126_ & new_n_n212_ & new_n_n125_;
  assign new_n_n98_ = new_n_n102_ & new_n_n101_ & new_n_n100_;
  assign new_n_n89_ = new_n_n90_ & new_n_n320_ & new_n_n372_;
  assign new_n_n0_ = new_n_n2_ & new_n_n3_;
  assign new_n_n452_ = ~new_ni_28__;
  assign new_n_n443_ = ~new_ni_30__;
  assign new_n_n411_ = ~new_ni_52__;
  assign new_n_n402_ = ~new_ni_13__;
  assign new_n_n389_ = new_n_n395_ & new_n_n394_ & new_n_n393_;
  assign new_n_n382_ = new_n_n395_ & new_n_n394_ & new_n_n387_;
  assign new_n_n378_ = new_n_n443_ & new_n_n451_ & new_n_n450_;
  assign new_n_n370_ = new_n_n450_ & new_n_n449_ & new_n_n448_;
  assign new_n_n359_ = new_n_n435_ & new_n_n448_ & new_n_n447_;
  assign new_n_n351_ = new_n_n436_ & new_n_n452_ & new_ni_29__;
  assign new_n_n321_ = new_n_n432_ & new_n_n439_ & new_n_n438_;
  assign new_n_n312_ = new_n_n434_ & new_n_n368_;
  assign new_n_n301_ = new_n_n414_ & new_n_n413_ & new_n_n446_;
  assign new_n_n293_ = new_n_n418_ & new_n_n451_ & new_n_n450_;
  assign new_n_n288_ = new_n_n409_ & new_n_n408_ & new_n_n442_;
  assign new_no_52__ = new_n_n280_ & new_n_n281_;
  assign new_no_50__ = new_n_n269_ & new_n_n297_;
  assign new_n_n260_ = new_n_n261_ & new_n_n262_;
  assign new_n_n237_ = new_n_n446_ & new_n_n412_ & new_n_n408_;
  assign new_n_n232_ = new_n_n286_ & new_n_n234_;
  assign new_n_n224_ = new_n_n351_ & new_n_n227_ & new_n_n267_;
  assign new_n_n213_ = new_ni_49__ & new_n_n446_ & new_n_n412_;
  assign new_n_n205_ = new_n_n263_ & new_n_n236_ & new_n_n208_;
  assign new_n_n201_ = new_n_n203_ & new_n_n267_ & new_n_n338_;
  assign new_n_n182_ = new_n_n418_ & new_n_n417_ & new_n_n451_;
  assign new_no_37__ = new_n_n175_ & new_n_n174_ & new_n_n176_;
  assign new_n_n159_ = new_n_n445_ & new_n_n446_;
  assign new_n_n152_ = new_n_n330_ & new_n_n154_ & new_n_n147_;
  assign new_n_n148_ = new_n_n343_ & new_n_n342_ & new_n_n150_;
  assign new_no_29__ = new_n_n141_ & new_n_n142_;
  assign new_n_n129_ = new_n_n134_ & new_n_n133_ & new_n_n132_;
  assign new_n_n121_ = new_n_n292_ & new_n_n291_ & new_n_n290_;
  assign new_no_23__ = new_n_n99_ & new_n_n98_ & new_n_n124_;
  assign new_n_n90_ = new_ni_0__ & new_n_n439_ & new_n_n438_;
  assign new_n_n1_ = new_n_n6_ & new_n_n5_ & new_n_n4_;
  assign new_n_n455_ = ~new_ni_15__;
  assign new_n_n444_ = ~new_ni_60__;
  assign new_n_n428_ = ~new_ni_5__;
  assign new_n_n410_ = ~new_ni_53__;
  assign new_n_n399_ = ~new_ni_19__;
  assign new_n_n392_ = new_n_n451_ & new_n_n450_ & new_n_n449_;
  assign new_n_n383_ = new_n_n446_ & new_n_n442_ & new_n_n445_;
  assign new_n_n377_ = new_n_n449_ & new_n_n448_ & new_n_n447_;
  assign new_n_n367_ = new_n_n373_ & new_n_n372_ & new_n_n78_;
  assign new_n_n362_ = new_n_n440_ & new_n_n458_ & new_n_n457_;
  assign new_n_n352_ = new_n_n433_ & new_n_n454_ & new_n_n453_;
  assign new_n_n337_ = new_n_n416_ & new_n_n448_ & new_n_n415_;
  assign new_n_n326_ = new_n_n337_ & new_n_n336_ & new_n_n335_;
  assign new_n_n320_ = new_n_n437_ & new_n_n440_ & new_n_n458_;
  assign new_n_n310_ = new_ni_29__ & new_n_n443_ & new_n_n418_;
  assign new_n_n304_ = new_n_n420_ & new_n_n419_ & new_n_n418_;
  assign new_n_n294_ = new_n_n424_ & new_n_n423_ & new_n_n433_;
  assign new_n_n287_ = new_n_n407_ & new_n_n445_ & new_n_n406_;
  assign new_n_n277_ = new_n_n406_ & new_n_n444_ & new_n_n405_;
  assign new_n_n271_ = new_n_n392_ & new_n_n303_ & new_n_n302_;
  assign new_n_n261_ = new_n_n286_ & new_n_n264_;
  assign new_n_n247_ = new_n_n251_ & new_n_n250_ & new_n_n249_;
  assign new_n_n238_ = new_n_n448_ & new_n_n447_ & new_n_n441_;
  assign new_no_45__ = new_n_n232_ & new_n_n233_;
  assign new_n_n221_ = new_n_n226_ & new_n_n225_ & new_n_n224_;
  assign new_n_n215_ = new_n_n218_ & new_n_n217_ & new_n_n272_;
  assign new_n_n206_ = new_n_n434_ & new_n_n277_;
  assign new_n_n200_ = new_n_n266_ & new_n_n316_ & new_n_n202_;
  assign new_no_39__ = new_n_n192_ & new_n_n191_;
  assign new_n_n174_ = new_n_n179_ & new_n_n178_ & new_n_n177_;
  assign new_n_n161_ = new_n_n456_ & new_n_n455_ & new_n_n452_;
  assign new_n_n153_ = new_n_n302_ & new_n_n301_ & new_n_n300_;
  assign new_n_n147_ = new_n_n352_ & new_n_n351_ & new_n_n227_;
  assign new_n_n138_ = new_n_n390_ & new_n_n391_;
  assign new_n_n132_ = new_n_n136_ & new_n_n288_ & new_n_n287_;
  assign new_n_n122_ = new_n_n127_ & new_n_n304_ & new_n_n105_;
  assign new_n_n116_ = new_ni_24__ & new_n_n453_ & new_n_n452_;
  assign new_n_n107_ = new_ni_16__ & new_n_n424_ & new_n_n423_;
  assign new_n_n2_ = new_n_n212_ & new_n_n264_ & new_n_n286_;
  assign new_n_n454_ = ~new_ni_24__;
  assign new_n_n445_ = ~new_ni_58__;
  assign new_n_n418_ = ~new_ni_35__;
  assign new_n_n409_ = ~new_ni_54__;
  assign new_n_n400_ = ~new_ni_32__;
  assign new_n_n391_ = new_n_n448_ & new_n_n447_ & new_n_n446_;
  assign new_n_n384_ = new_n_n448_ & new_n_n447_ & new_ni_47__;
  assign new_n_n376_ = new_n_n441_ & new_n_n446_ & new_n_n442_;
  assign new_n_n368_ = new_n_n442_ & new_n_n445_ & new_n_n444_;
  assign new_n_n361_ = new_n_n456_ & new_n_n455_ & new_ni_22__;
  assign new_n_n353_ = new_n_n456_ & new_n_n455_ & new_ni_18__;
  assign new_n_n336_ = new_n_n447_ & new_n_n441_ & new_n_n414_;
  assign new_n_n327_ = new_n_n339_ & new_n_n182_ & new_n_n338_;
  assign new_n_n319_ = new_n_n423_ & new_n_n433_ & new_n_n454_;
  assign new_no_55__ = new_n_n312_ & new_n_n311_;
  assign new_n_n303_ = new_n_n435_ & new_n_n416_ & new_n_n448_;
  assign new_n_n295_ = new_ni_12__ & new_n_n456_ & new_n_n455_;
  assign new_n_n286_ = new_n_n444_ & new_n_n405_ & new_n_n434_;
  assign new_n_n278_ = new_n_n408_ & new_n_n442_ & new_n_n445_;
  assign new_n_n270_ = new_n_n301_ & new_n_n300_ & new_n_n274_;
  assign new_n_n262_ = new_n_n266_ & new_n_n316_ & new_n_n265_;
  assign new_n_n246_ = new_n_n434_ & new_n_n248_;
  assign new_n_n239_ = new_ni_29__ & new_n_n443_ & new_ni_34__;
  assign new_n_n231_ = new_n_n432_ & new_ni_2__ & new_n_n439_;
  assign new_n_n222_ = new_n_n300_ & new_n_n278_ & new_n_n277_;
  assign new_n_n214_ = new_n_n271_ & new_n_n216_ & new_n_n273_;
  assign new_n_n207_ = new_n_n266_ & new_n_n316_ & new_n_n278_;
  assign new_n_n199_ = new_n_n273_ & new_n_n332_;
  assign new_n_n191_ = new_n_n251_ & new_n_n194_ & new_n_n193_;
  assign new_n_n184_ = new_n_n423_ & new_ni_19__ & new_n_n401_;
  assign new_no_34__ = new_n_n161_ & new_n_n34_ & new_ni_58__;
  assign new_n_n154_ = new_n_n343_ & new_n_n342_ & new_n_n156_;
  assign new_n_n146_ = new_n_n155_ & new_n_n392_ & new_n_n303_;
  assign new_n_n139_ = new_n_n366_ & new_n_n140_ & new_n_n392_;
  assign new_n_n131_ = new_n_n285_ & new_n_n286_;
  assign new_n_n123_ = new_n_n128_ & new_n_n352_ & new_n_n351_;
  assign new_n_n115_ = new_ni_29__ & new_n_n451_ & new_n_n450_;
  assign new_no_24__ = new_n_n108_ & new_n_n109_;
  assign new_n_n3_ = new_n_n292_ & new_n_n7_ & new_n_n316_;
  assign new_n_n78_ = new_n_n454_ & new_n_n453_ & new_n_n452_;
  assign new_n_n69_ = new_n_n70_ & new_n_n378_ & new_n_n377_;
  assign new_n_n61_ = new_n_n351_ & new_n_n378_ & new_n_n63_;
  assign new_n_n53_ = new_n_n423_ & new_n_n399_ & new_n_n401_;
  assign new_n_n43_ = new_n_n451_ & new_ni_38__ & new_n_n450_;
  assign new_no_19__ = new_n_n79_ & new_n_n297_;
  assign new_n_n68_ = new_n_n358_ & new_n_n376_;
  assign new_n_n62_ = new_n_n64_ & new_n_n395_ & new_n_n394_;
  assign new_n_n52_ = new_n_n422_ & new_n_n433_ & new_ni_23__;
  assign new_n_n44_ = new_n_n422_ & new_n_n433_ & new_n_n398_;
  assign new_n_n79_ = new_n_n271_ & new_n_n81_ & new_n_n80_;
  assign new_no_16__ = new_n_n62_ & new_n_n69_ & new_n_n68_;
  assign new_no_13__ = new_n_n62_ & new_n_n61_ & new_n_n60_;
  assign new_n_n54_ = new_n_n455_ & new_ni_28__ & new_ni_29__;
  assign new_no_9__ = new_n_n46_ & new_n_n45_ & new_n_n47_;
  assign new_n_n80_ = new_n_n82_ & new_n_n332_;
  assign new_n_n67_ = new_ni_10__ & new_n_n456_ & new_n_n455_;
  assign new_n_n60_ = new_n_n369_ & new_n_n368_ & new_n_n434_;
  assign new_no_10__ = new_n_n451_ & new_n_n54_;
  assign new_n_n45_ = new_n_n49_ & new_n_n271_ & new_n_n48_;
  assign new_no_0__ = new_n_n0_ & new_n_n1_;
  assign new_n_n81_ = new_n_n301_ & new_n_n300_ & new_n_n333_;
  assign new_n_n37_ = new_n_n455_ & new_n_n452_ & new_ni_29__;
  assign new_n_n28_ = new_n_n333_ & new_n_n332_ & new_n_n331_;
  assign new_n_n18_ = new_n_n288_ & new_n_n287_ & new_n_n286_;
  assign new_n_n9_ = new_n_n428_ & new_n_n438_ & new_n_n437_;
  assign new_n_n82_ = new_n_n405_ & new_n_n434_ & new_ni_64__;
  assign new_n_n36_ = new_ni_43__ & new_n_n451_;
  assign new_n_n29_ = new_n_n336_ & new_n_n335_ & new_n_n334_;
  assign new_n_n17_ = new_n_n21_ & new_n_n20_ & new_n_n19_;
  assign new_no_1__ = new_n_n10_ & new_n_n11_;
  assign new_no_7__ = new_n_n36_ & new_n_n37_;
  assign new_n_n26_ = new_n_n403_ & new_n_n28_;
  assign new_n_n20_ = new_n_n23_ & new_n_n338_ & new_n_n22_;
  assign new_n_n10_ = new_n_n12_ & new_n_n13_;
  assign new_n_n35_ = new_ni_14__ & new_n_n455_ & new_n_n452_;
  assign new_n_n27_ = new_n_n49_ & new_n_n30_ & new_n_n29_;
  assign new_n_n19_ = new_n_n302_ & new_n_n301_ & new_n_n136_;
  assign new_n_n11_ = new_n_n14_ & new_n_n5_ & new_n_n4_;
  assign new_n_n59_ = new_n_n439_ & new_ni_6__ & new_n_n437_;
  assign new_n_n50_ = new_n_n53_ & new_n_n52_ & new_n_n360_;
  assign new_n_n40_ = new_n_n125_ & new_n_n277_ & new_n_n124_;
  assign new_n_n32_ = new_n_n448_ & new_ni_44__ & new_n_n415_;
  assign new_n_n22_ = new_n_n416_ & new_n_n448_ & new_n_n396_;
  assign new_n_n12_ = new_n_n288_ & new_n_n332_ & new_n_n273_;
  assign new_n_n58_ = new_n_n456_ & new_n_n455_ & new_n_n454_;
  assign new_n_n51_ = new_n_n421_ & new_n_n400_ & new_n_n420_;
  assign new_n_n39_ = new_n_n330_ & new_n_n181_ & new_n_n31_;
  assign new_n_n33_ = new_n_n451_ & new_n_n397_ & new_n_n450_;
  assign new_n_n21_ = new_n_n25_ & new_n_n24_ & new_n_n304_;
  assign new_n_n13_ = new_n_n292_ & new_n_n238_ & new_n_n289_;
  assign new_n_n74_ = new_ni_3__ & new_n_n437_ & new_n_n440_;
  assign new_no_15__ = new_n_n67_ & new_n_n365_ & new_n_n66_;
  assign new_n_n38_ = new_n_n49_ & new_n_n42_ & new_n_n41_;
  assign new_n_n30_ = new_n_n33_ & new_n_n292_ & new_n_n32_;
  assign new_n_n24_ = new_n_n443_ & new_n_n421_ & new_n_n400_;
  assign new_n_n14_ = new_n_n268_ & new_n_n15_ & new_n_n8_;
  assign new_n_n73_ = new_n_n74_ & new_n_n395_ & new_n_n394_;
  assign new_n_n66_ = new_n_n445_ & new_n_n448_;
  assign new_no_8__ = new_n_n39_ & new_n_n38_ & new_n_n40_;
  assign new_n_n31_ = new_n_n53_ & new_n_n44_ & new_n_n360_;
  assign new_n_n23_ = new_n_n417_ & new_n_n451_ & new_n_n397_;
  assign new_n_n15_ = new_ni_5__ & new_n_n438_ & new_n_n437_;
  assign new_no_18__ = new_n_n77_ & new_n_n76_ & new_n_n75_;
  assign new_n_n72_ = new_n_n387_ & new_n_n392_ & new_n_n238_;
  assign new_no_14__ = new_n_n366_ & new_n_n365_ & new_n_n65_;
  assign new_n_n55_ = new_n_n238_ & new_n_n383_ & new_n_n308_;
  assign new_n_n46_ = new_n_n330_ & new_n_n181_ & new_n_n50_;
  assign new_no_3__ = new_n_n39_ & new_n_n27_ & new_n_n26_;
  assign new_no_2__ = new_n_n39_ & new_n_n17_ & new_n_n16_;
  assign new_n_n75_ = new_ni_62__ & new_n_n368_;
  assign new_n_n71_ = new_n_n308_ & new_n_n383_;
  assign new_n_n65_ = new_n_n448_ & new_ni_50__ & new_n_n445_;
  assign new_no_12__ = new_n_n57_ & new_n_n56_ & new_n_n55_;
  assign new_n_n47_ = new_n_n287_ & new_n_n286_ & new_n_n285_;
  assign new_n_n25_ = new_ni_27__ & new_n_n452_ & new_ni_29__;
  assign new_n_n16_ = new_n_n285_ & new_n_n18_;
  assign new_n_n76_ = new_n_n371_ & new_n_n370_ & new_n_n369_;
  assign new_no_17__ = new_n_n73_ & new_n_n72_ & new_n_n71_;
  assign new_n_n63_ = new_n_n449_ & new_ni_41__ & new_n_n448_;
  assign new_n_n57_ = new_n_n59_ & new_n_n362_ & new_n_n58_;
  assign new_n_n48_ = new_n_n301_ & new_n_n136_ & new_n_n288_;
  assign new_n_n42_ = new_n_n43_ & new_n_n292_ & new_n_n291_;
  assign new_no_6__ = new_n_n34_ & new_n_n35_;
  assign new_n_n77_ = new_n_n320_ & new_n_n372_ & new_n_n78_;
  assign new_n_n70_ = new_ni_26__ & new_n_n452_ & new_ni_29__;
  assign new_n_n64_ = new_n_n439_ & new_n_n437_ & new_n_n440_;
  assign new_n_n56_ = new_n_n318_ & new_n_n371_ & new_n_n338_;
  assign new_n_n49_ = new_n_n387_ & new_n_n51_ & new_n_n155_;
  assign new_n_n41_ = new_n_n290_ & new_n_n126_ & new_n_n212_;
  assign new_n_n34_ = new_ni_29__ & new_n_n451_ & new_n_n448_;
endmodule